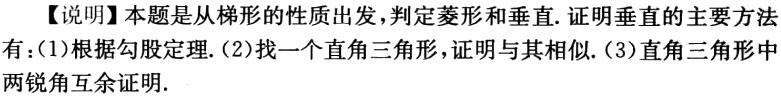
【说明】本题是从梯形的性质出发，判定菱形和垂直. 证明垂直的主要方法有：(1)根据勾股定理. (2)找一个直角三角形，证明与其相似. (3)直角三角形中两锐角互余证明.